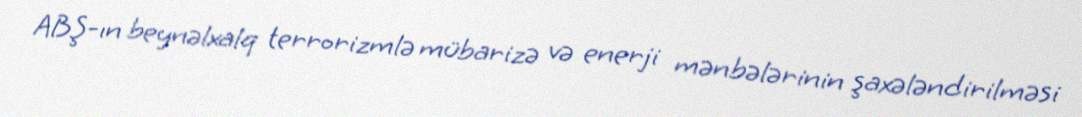
ABŞ-ın beynəlxalq terrorizmlə mübarizə və enerji mənbələrinin şaxələndirilməsi